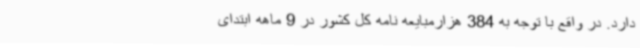
دارد. در واقع با توجه به 384 هزارمبایعه نامه کل کشور در 9 ماهه ابتدای